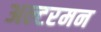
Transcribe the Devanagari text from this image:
अल्टरमन